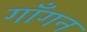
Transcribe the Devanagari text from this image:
गाँगन